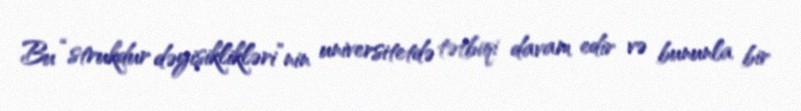
Bu “strukdur dəyişiklikləri”nin universitetdə tətbiqi davam edir və bununla bir